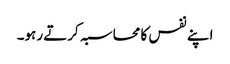
اپنے نفس کا محاسبہ کرتے رہو۔